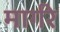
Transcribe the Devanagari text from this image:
मार्गरे